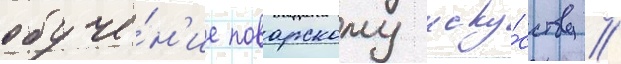
обуче́н'ие поварскому иску́сству //